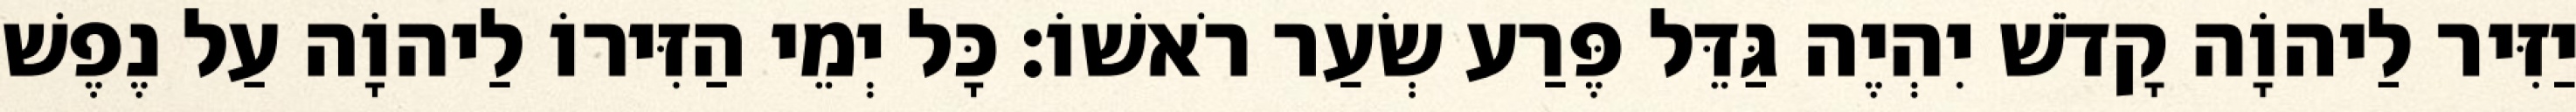
יַזִּיר לַיהוָֹה קָדֹשׁ יִהְיֶה גַּדֵּל פֶּרַע שְׂעַר רֹאשׁוֹ׃ כָּל יְמֵי הַזִּירוֹ לַיהוָֹה עַל נֶפֶשׁ